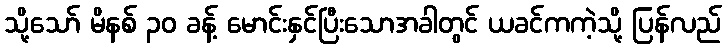
သို့သော် မိနစ် ၃၀ ခန့် မောင်းနှင်ပြီးသောအခါတွင် ယခင်ကကဲ့သို့ ပြန်လည်